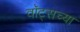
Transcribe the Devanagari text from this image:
वॉट्सच्या